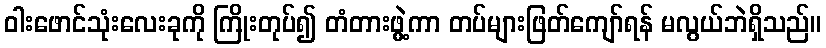
ဝါးဖောင်သုံးလေးခုကို ကြိုးတုပ်၍ တံတားဖွဲ့ကာ တပ်များဖြတ်ကျော်ရန် မလွယ်ဘဲရှိသည်။